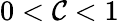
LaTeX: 0<\mathcal{C}<1